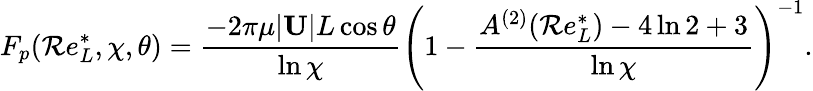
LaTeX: F_{p}(\mathcal{R}e_{L}^{*},\chi,\theta)=\frac{{-2\pi\mu|\mathbf{{U}}|L\cos\theta}}{{\ln\chi}}\left(1-\frac{{A^{(2)}(\mathcal{R}e_{L}^{*})-4\ln2+3}}{{\ln\chi}}\right)^{-1}.